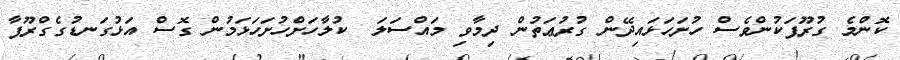
ކޮންމެ ގުރޫޕަކުންވެސް ހުށަހަޅައިދޭން ގުރުޢަތުން ދިމާވި މައްސަލަ  ކުލާހަށްހުށަހަޅަމުން ގޮސް އަޅުގަނޑުގެގްރޫޕާ